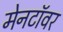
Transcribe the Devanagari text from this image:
मेनटॉवर